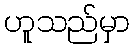
ဟူသည်မှာ